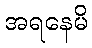
အရနေမိ